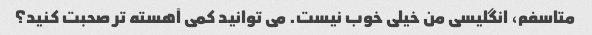
متاسفم، انگلیسی من خیلی خوب نیست. می توانید کمی آهسته تر صحبت کنید؟